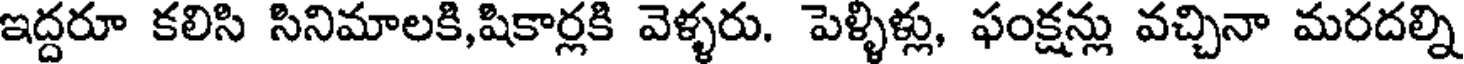
ఇద్దరూ కలిసి సినిమాలకి,షికార్లకి వెళ్ళరు. పెళ్ళిళ్లు, ఫంక్షన్లు వచ్చినా మరదల్ని